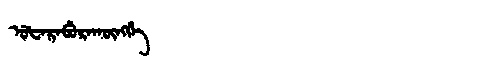
Manchu: ᡠᡶᠠᡵᠠᠪᡠᡵᠠᡴᡡᠩᡤᡝ
Romanization: UFARABURAKŪNGGE